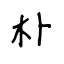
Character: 朴